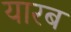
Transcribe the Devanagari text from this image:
यारब